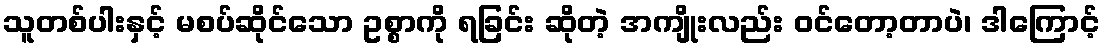
သူတစ်ပါးနှင့် မစပ်ဆိုင်သော ဥစ္စာကို ရခြင်း ဆိုတဲ့ အကျိုးလည်း ဝင်တော့တာပဲ၊ ဒါကြောင့်